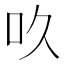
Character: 𠮻